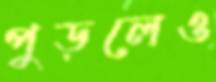
পুড়লেও